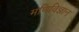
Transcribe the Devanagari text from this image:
मणिविज्ञान